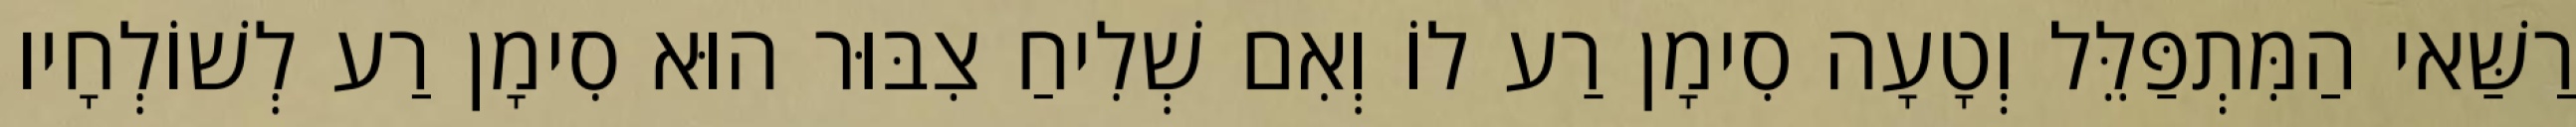
רַשַּׁאי הַמִּתְפַּלֵּל וְטָעָה סִימָן רַע לוֹ וְאִם שְׁלִיחַ צִבּוּר הוּא סִימָן רַע לְשׁוֹלְחָיו